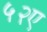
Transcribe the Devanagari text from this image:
५२ए